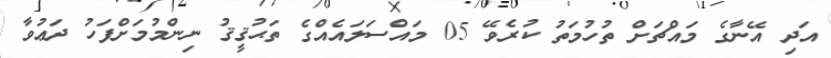
އަދި އޭނާގެ މައްޗަށް ތުހުމަތު ކުރެވޭ 05 މައްސަލައެއްގެ ތަޙުޤީޤު ނިންމުމަށްފަހު ދަޢުވާ